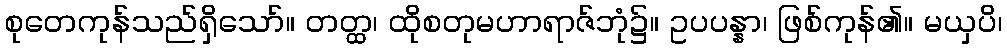
စုတေကုန်သည်ရှိသော်။ တတ္ထ၊ ထိုစတုမဟာရာဇ်ဘုံ၌။ ဥပပန္နာ၊ ဖြစ်ကုန်၏။ မယှပိ၊